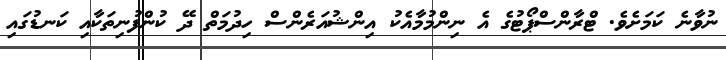
ނުވާނެ ކަމަށެވެ. ޓްރާންސްޕޯޓުގެ އެ ނިންމުމާއެކު އިންޝުއަރެންސް ހިދުމަތް ދޭ ކުންފުނިތަކާއި ކަނޑުގައި